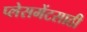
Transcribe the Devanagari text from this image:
प्लेसमेंटसाठी